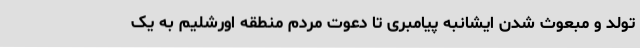
تولد و مبعوث شدن ایشانبه پیامبری تا دعوت مردم منطقه اورشلیم به یک